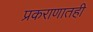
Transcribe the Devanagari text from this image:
प्रकराणातही